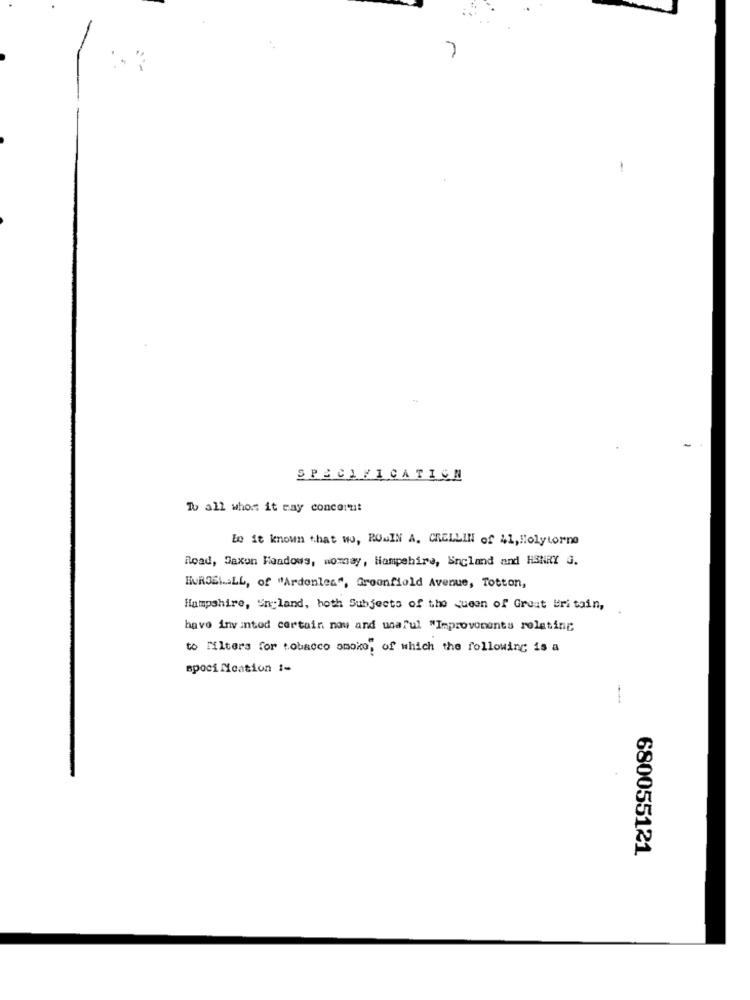
SPECIFICATION
To all whom it may concernt
Bo it known that wo, ROMIN A. CRELLIN of 41, Holytorne
Road, Saxon Meadows, womsay, Hampshire, England and HENRY G.
HURGEL.ALL, of "Ardonles", Greenfield Avenue, Totton,
Hampshire, Sn land, hoth Subjects of the Queen of Great Britain,
have invintod certain now and unaful "Improvements relating
to filters for tobacco amoio, of which the following is a
spoci fication !-
680055121